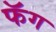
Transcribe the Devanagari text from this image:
फॅग